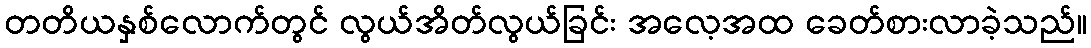
တတိယနှစ်လောက်တွင် လွယ်အိတ်လွယ်ခြင်း အလေ့အထ ခေတ်စားလာခဲ့သည်။